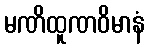
မဏိထူဏဝိမာနံ